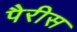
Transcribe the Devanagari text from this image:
पैरीस